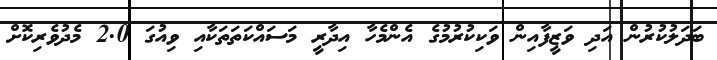
ބަދަލުކުރުން އަދި ވަޒީފާއިން ވަކިކުރުމުގެ އެންމެހާ އިދާރީ މަސައްކަތަތަކާއި ވިއުގަ 2.0 މެދުވެރިކޮށް